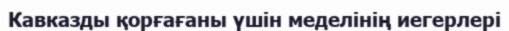
Кавказды қорғағаны үшін меделінің иегерлері